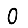
Digit: 0